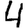
Digit: 4